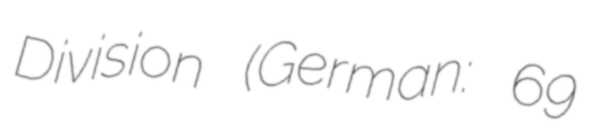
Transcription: Division (German: 69